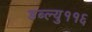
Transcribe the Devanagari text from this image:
डब्ल्यु११६